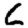
Digit: 6